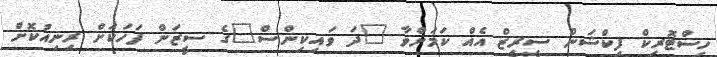
ހިސްޓޮރިކް ފިކްޝަން ސީރީޒް އެއް ކަމަށްވާ "ދަ ވައިކިންސް"ގެ ސީޒަން ފަހަކަށް ރިނިއުކޮށް